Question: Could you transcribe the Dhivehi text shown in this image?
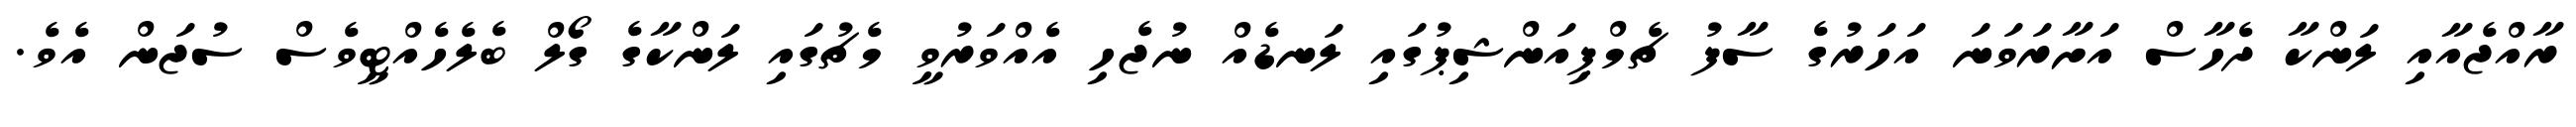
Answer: ރާއްޖެއާއި ލަންކާ ދެހާސް އަށާރަވަނަ އަހަރުގެ ސާފު ޗެމްޕިއަންޝިޕުގައި ލަނޑެއް ނުޖެހި އެއްވަރުވީ މެޗުގައި ލަންކާގެ ގޯލް ބެލެހެއްޓީވެސް ސުޖަން އެވެ.